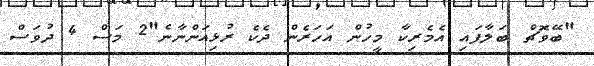
"ބޭވޮޗް ބަލާފައި އެމެރިކާ މީހުން އަހަރެން ދެކެ ރުޅިއަންނާނެ"2 މަސް 4 ދުވަސް